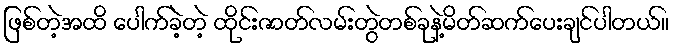
ဖြစ်တဲ့အထိ ပေါက်ခဲ့တဲ့ ထိုင်းဇာတ်လမ်းတွဲတစ်ခုနဲ့မိတ်ဆက်ပေးချင်ပါတယ်။